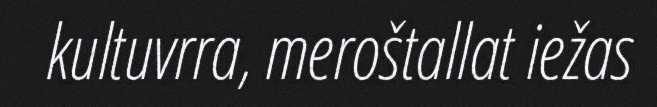
kultuvrra, meroštallat iežas